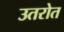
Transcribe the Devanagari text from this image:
उतरोत